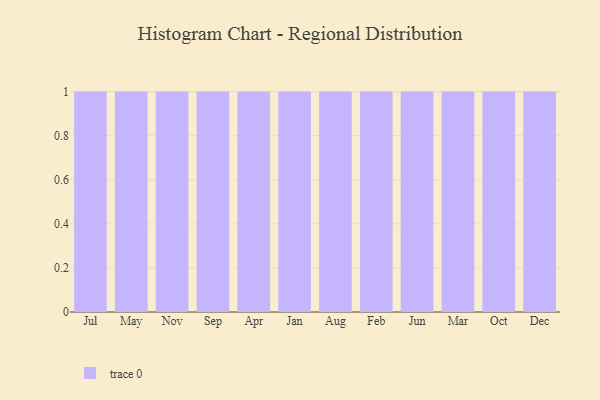
{"axis": {"x": "Month", "y": "Headcount"}, "legend": [""], "data": [{"x": "Jul", "y": 89, "type": ""}, {"x": "May", "y": 49, "type": ""}, {"x": "Nov", "y": 66, "type": ""}, {"x": "Sep", "y": 31, "type": ""}, {"x": "Apr", "y": 60, "type": ""}, {"x": "Jan", "y": 3, "type": ""}, {"x": "Aug", "y": 52, "type": ""}, {"x": "Feb", "y": 92, "type": ""}, {"x": "Jun", "y": 36, "type": ""}, {"x": "Mar", "y": 76, "type": ""}, {"x": "Oct", "y": 12, "type": ""}, {"x": "Dec", "y": 7, "type": ""}]}